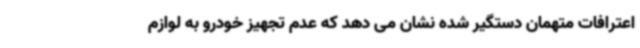
اعترافات متهمان دستگیر شده نشان می دهد که عدم تجهیز خودرو به لوازم